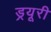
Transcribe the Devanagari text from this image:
ड्रयूरी